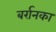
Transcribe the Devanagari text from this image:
बर्रानका